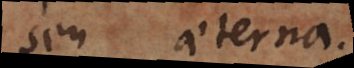
seu aeterna.